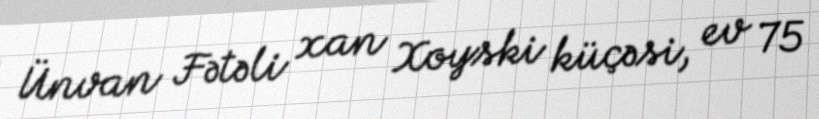
Ünvan Fətəli xan Xoyski küçəsi, ev 75